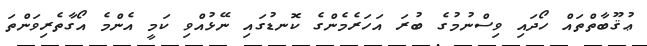
ޢުޤޫބާތްތައް ހޯދައި ވިސްނުމުގެ ބުރަ އަހަރެމެންގެ ކޮނޑުގައި ނޭޅުއްވި ކަމީ އެންމެ އޯގާތެރިވަންތަ